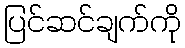
ပြင်ဆင်ချက်ကို